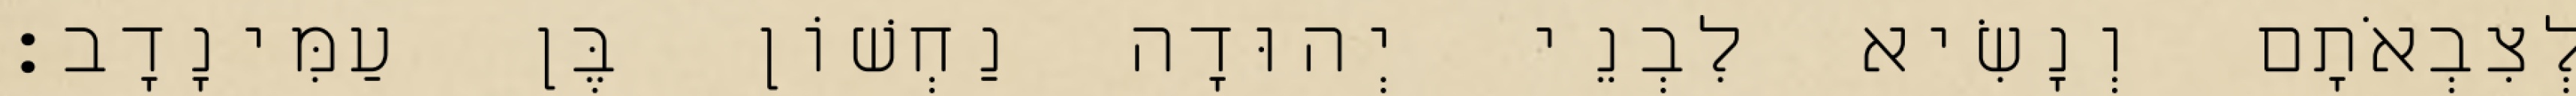
לְצִבְאֹתָם וְנָשִׂיא לִבְנֵי יְהוּדָה נַחְשׁוֹן בֶּן עַמִּינָדָב׃